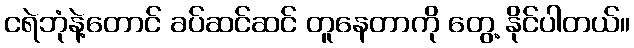
ငရဲဘုံနဲ့တောင် ခပ်ဆင်ဆင် တူနေတာကို တွေ့ နိုင်ပါတယ်။